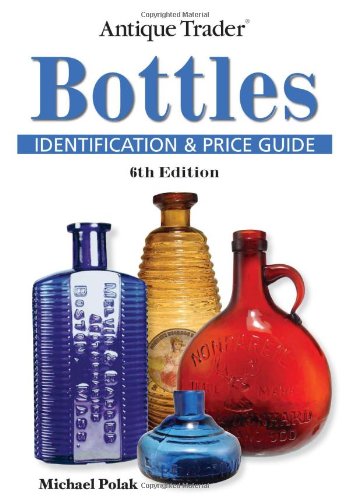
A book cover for Antique Trader Bottles Identification and Price Guide; Michael Polak; Crafts, Hobbies & Home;